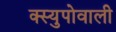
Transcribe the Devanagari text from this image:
क्स्युपोवाली